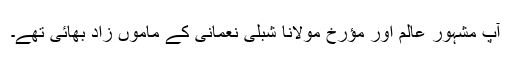
آپ مشہور عالم اور مؤرخ مولانا شبلی نعمانی کے ماموں زاد بھائی تھے۔